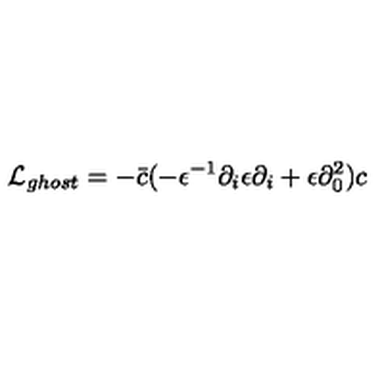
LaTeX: { \cal L } _ { g h o s t } = - \bar { c } ( - \epsilon ^ { - 1 } \partial _ { i } \epsilon \partial _ { i } + \epsilon \partial _ { 0 } ^ { 2 } ) c \nonumber